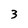
Character: 3